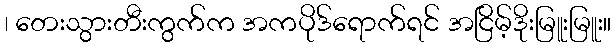
၊ တေးသွားတီးကွက်က အကပိုဒ်ရောက်ရင် အငြိမ့်ဒိုးမြူးမြူး။